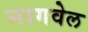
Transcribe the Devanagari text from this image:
नागवेल